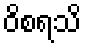
ဝိစရသိ